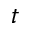
t